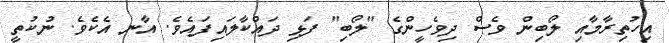
އިހުތިރާމާއި ލޯބިން ވެސް ދިވެހީންގެ "ލޯބި" ފަޅި ދައްކާލައިފައެވެ. އާނ އެކެވެ. ނުކުތީ